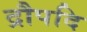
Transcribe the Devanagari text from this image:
द्रौपदि